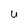
Character: U